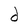
Character: d